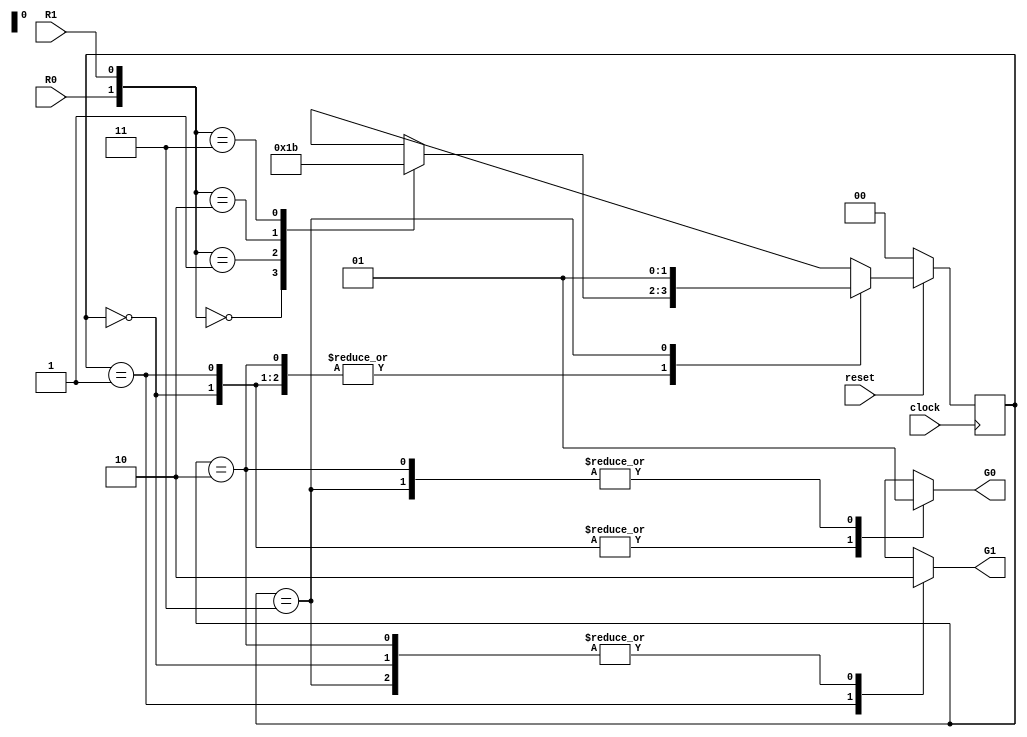
 
module fsm(
input reset, clock,
input R0, R1, //input
output reg G0, G1 // output
);
reg[1:0] current_state;
reg[1:0] next_state; 
 
// state names 
  localparam WAIT_ON_REQUEST = 2'b00; 
  localparam HANDLE_G1 = 2'b01; 
  localparam HANDLE_G0_ONLY = 2'b10; 
  localparam HANDLE_G0_FIRST = 2'b11; 
   
  // Flip-flop 
  always @ (posedge clock) 
    begin 
      current_state <= (!reset) ? WAIT_ON_REQUEST : next_state; // on reset, start in WAIT_ON_REQUEST state 
    end 
     
  // Combinational logic 
  always @ * 
    case(current_state) 
      WAIT_ON_REQUEST : begin // State 0 
        G0 <= 0; 
        G1 <= 0; 
        casex({R0, R1}) 
          2'b00 : next_state <= WAIT_ON_REQUEST; 
          2'b01 : next_state <= HANDLE_G1; 
          2'b10 : next_state <= HANDLE_G0_ONLY; 
          2'b11 : next_state <= HANDLE_G0_FIRST; 
        endcase 
      end 
       
      HANDLE_G1 : begin // State 1 
        G0 <= 0; 
        G1 <= 1; 
        case({R0, R1}) 
          2'b00 : next_state <= WAIT_ON_REQUEST; 
          2'b01 : next_state <= HANDLE_G1; 
          2'b10 : next_state <= HANDLE_G0_ONLY; 
          2'b11 : next_state <= HANDLE_G0_FIRST; 
        endcase 
      end 
       
      HANDLE_G0_ONLY : begin // State 2 
        G0 <= 1; 
        G1 <= 0; 
        case({R0, R1}) 
          2'b00 : next_state <= WAIT_ON_REQUEST; 
          2'b01 : next_state <= HANDLE_G1; 
          2'b10 : next_state <= HANDLE_G0_ONLY; 
          2'b11 : next_state <= HANDLE_G0_FIRST; 
        endcase 
      end 
       
      HANDLE_G0_FIRST : begin // State 3 
        G0 <= 1; 
        G1 <= 0; 
        next_state <= HANDLE_G1; // goes to this state always 
      end 
    endcase 
endmodule